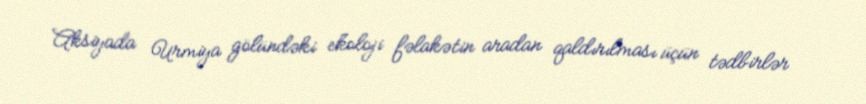
Aksiyada Urmiya gölündəki ekoloji fəlakətin aradan qaldırılması üçün tədbirlər